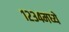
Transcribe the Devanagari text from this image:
१२३४मध्ये